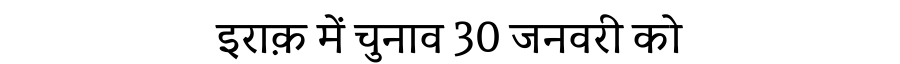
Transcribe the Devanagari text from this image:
इराक़ में चुनाव 30 जनवरी को